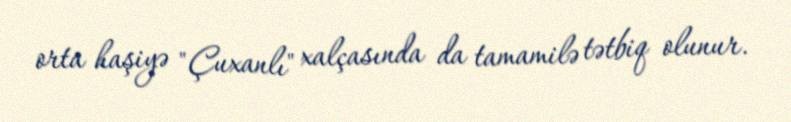
orta haşiyə "Çuxanlı" xalçasında da tamamilə tətbiq olunur.